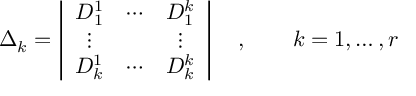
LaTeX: \Delta _ { k } = \left| \begin{array} { c c c } { { D _ { 1 } ^ { 1 } } } & { { \cdots } } & { { D _ { 1 } ^ { k } } } \\ { { \vdots } } & { { } } & { { \vdots } } \\ { { D _ { k } ^ { 1 } } } & { { \cdots } } & { { D _ { k } ^ { k } } } \end{array} \right| \quad , \qquad k = 1 , \ldots , r